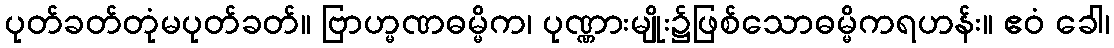
ပုတ်ခတ်တုံမပုတ်ခတ်။ ဗြာဟ္မဏဓမ္မိက၊ ပုဏ္ဏားမျိုး၌ဖြစ်သောဓမ္မိကရဟန်း။ ဧဝံ ခေါ၊